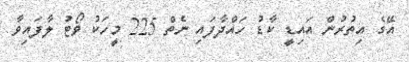
އޭގެ އިތުރުން އައިޑީ ކާޑު ހައްދާފައި ނެތް 225 މީހަކު ވޯޓު ލާފައިވާ